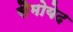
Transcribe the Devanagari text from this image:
सैमोयेद